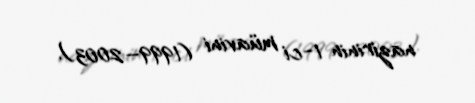
nazirinin 1-ci müavini (1999–2003).